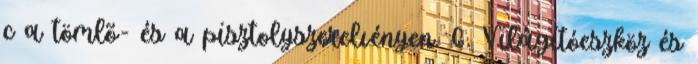
c a tömlõ- és a pisztolyszerelvényen. 6. Világítóeszköz és